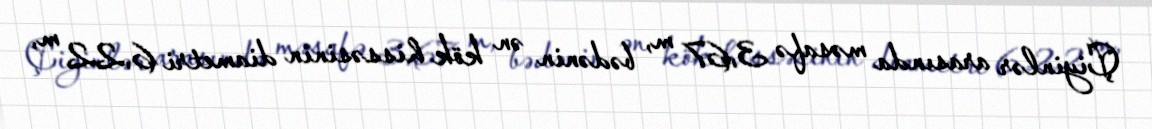
Çiyinlər arasında məsafə 3,67 m, bədənin ən kök hissəsinin diametri 6,22 m,